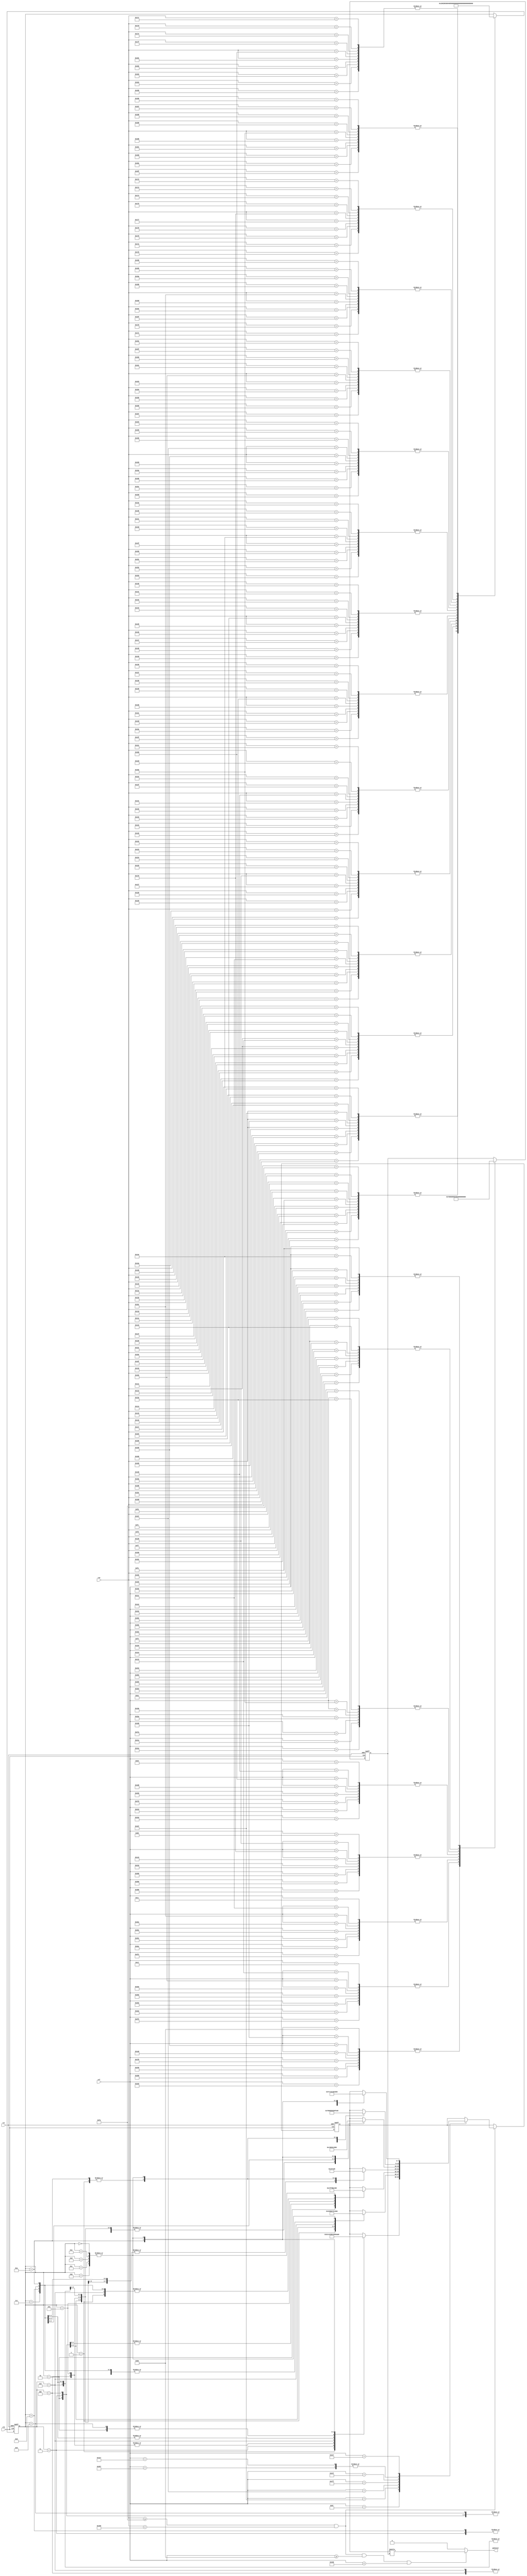
`timescale 1ns / 1ps
//////////////////////////////////////////////////////////////////////////////////
// Company: 
// Engineer: 
// 
// Design Name: 
// Module Name:    word 
// Project Name: 
// Target Devices: 
// Tool versions: 
// Description: 
//
// Dependencies: 
//
// Revision: 
// Revision 0.01 - File Created
// Additional Comments: 
//
//////////////////////////////////////////////////////////////////////////////////
module word(
    input clk,
  	input rst,
    input [10:0]col,
    input [10:0]row,
	output gameover
    );


reg [7:0]data;
reg [11:0]word_count;
reg [11:0]row_count;



always@(posedge clk or posedge rst)
  if(rst) word_count=0;
  else begin
    case(col)
      184,264,344,424,504,584,664,744: word_count=7;    
      194,274,354,434,514,594,674,754: word_count=6;  
      204,284,364,444,524,604,684,764: word_count=5;  
      214,294,374,454,534,614,694,774: word_count=4;  
      224,304,384,464,544,624,704,784: word_count=3;  
      234,314,394,474,554,634,714,794: word_count=2;  
      244,324,404,484,564,644,724,804: word_count=1;  
      254,334,414,494,574,654,734,814: word_count=0;  
      default:word_count=word_count;
     endcase   
  end


always@(posedge clk or posedge rst)
  if(rst) row_count=0;
  else begin
    case(row)
      250,251,252,253,254,255,256,257,258,259: row_count=0;    
      260,261,262,263,264,265,266,267,268,269: row_count=1;   
      270,271,272,273,274,275,276,277,278,279: row_count=2;   
      280,281,282,283,284,285,286,287,288,289: row_count=3;   
      290,291,292,293,294,295,296,297,298,299: row_count=4;   
      300,301,302,303,304,305,306,307,308,309: row_count=5;   
      310,311,312,313,314,315,316,317,318,319: row_count=6;   
      320,321,322,323,324,325,326,327,328,329: row_count=7;   
      330,331,332,333,334,335,336,337,338,339: row_count=8;   
      340,341,342,343,344,345,346,347,348,349: row_count=9;   
      350,351,352,353,354,355,356,357,358,359: row_count=10;   
      360,361,362,363,364,365,366,367,368,369: row_count=11;   
      370,371,372,373,374,375,376,377,378,379: row_count=12;   
      380,381,382,383,384,385,386,387,388,389: row_count=13;   
      390,391,392,393,394,395,396,397,398,399: row_count=14;    
      default:row_count=row_count;
     endcase   
  end

  
assign gameover=(row>=250 && row <400 && col>=184 && col<824) ? data[word_count]:0;


always@(posedge clk or posedge rst)
  if(rst) data=0;
  else if(row<400 && row>=250) 
      case (col)
         183:      
         case  (row_count) 
             0:   data = 8'b00000000; // 
             1:   data = 8'b00111100; //   ****
             2:   data = 8'b01100110; //  **  **
             3:   data = 8'b11000010; // **    *
             4:   data = 8'b11000000; // **
             5:   data = 8'b11000000; // **
             6:   data = 8'b11011110; // ** ****
             7:   data = 8'b11000110; // **   **
             8:   data = 8'b11000110; // **   **
             9:   data = 8'b01100110; //  **  **
             10:  data = 8'b00111010; //   *** *
             11:  data = 8'b00000000; // 
             12:  data = 8'b00000000; // 
             13:  data = 8'b00000000; // 
             14:  data = 8'b00000000; // 
             default: data=data;
         endcase
         263:
         case  (row_count) 
             0:   data = 8'b00000000; // 
             1:   data = 8'b00010000; //    *
             2:   data = 8'b00111000; //   ***
             3:   data = 8'b01101100; //  ** **
             4:   data = 8'b11000110; // **   **
             5:   data = 8'b11000110; // **   **
             6:   data = 8'b11111110; // *******
             7:   data = 8'b11000110; // **   **
             8:   data = 8'b11000110; // **   **
             9:   data = 8'b11000110; // **   **
             10:  data = 8'b11000110; // **   **
             11:  data = 8'b00000000; // 
             12:  data = 8'b00000000; // 
             13:  data = 8'b00000000; // 
             14:  data = 8'b00000000; // 
             default: data=data;
         endcase
         343 :      
         case  (row_count) 
             0:   data = 8'b00000000; // 
             1:   data = 8'b11000011; // **    **
             2:   data = 8'b11100111; // ***  ***
             3:   data = 8'b11111111; // ********
             4:   data = 8'b11111111; // ********
             5:   data = 8'b11011011; // ** ** **
             6:   data = 8'b11000011; // **    **
             7:   data = 8'b11000011; // **    **
             8:   data = 8'b11000011; // **    **
             9:   data = 8'b11000011; // **    **
             10:  data = 8'b11000011; // **    **
             11:  data = 8'b00000000; // 
             12:  data = 8'b00000000; // 
             13:  data = 8'b00000000; // 
             14:  data = 8'b00000000; // 
             default: data=data;
         endcase
         423:
         case  (row_count) 
             0:   data = 8'b00000000; // 
             1:   data = 8'b11111110; // *******
             2:   data = 8'b01100110; //  **  **
             3:   data = 8'b01100010; //  **   *
             4:   data = 8'b01101000; //  ** *
             5:   data = 8'b01111000; //  ****
             6:   data = 8'b01101000; //  ** *
             7:   data = 8'b01100000; //  **
             8:   data = 8'b01100010; //  **   *
             9:   data = 8'b01100110; //  **  **
             10:  data = 8'b11111110; // *******
             11:  data = 8'b00000000; // 
             12:  data = 8'b00000000; // 
             13:  data = 8'b00000000; // 
             14:  data = 8'b00000000; // 
             default: data=data;
         endcase         
         503:
         case  (row_count) 
             0:   data = 8'b00000000; // 
             1:   data = 8'b01111100; //  *****
             2:   data = 8'b11000110; // **   **
             3:   data = 8'b11000110; // **   **
             4:   data = 8'b11000110; // **   **
             5:   data = 8'b11000110; // **   **
             6:   data = 8'b11000110; // **   **
             7:   data = 8'b11000110; // **   **
             8:   data = 8'b11000110; // **   **
             9:   data = 8'b11000110; // **   **
             10:  data = 8'b01111100; //  *****
             11:  data = 8'b00000000; // 
             12:  data = 8'b00000000; // 
             13:  data = 8'b00000000; // 
             14:  data = 8'b00000000; // 
             default: data=data;
         endcase 
         583:
         case  (row_count) 
             0:   data = 8'b00000000; // 
             1:   data = 8'b11000011; // **    **
             2:   data = 8'b11000011; // **    **
             3:   data = 8'b11000011; // **    **
             4:   data = 8'b11000011; // **    **
             5:   data = 8'b11000011; // **    **
             6:   data = 8'b11000011; // **    **
             7:   data = 8'b11000011; // **    **
             8:   data = 8'b01100110; //  **  **
             9:   data = 8'b00111100; //   ****
             10:  data = 8'b00011000; //    **
             11:  data = 8'b00000000; // 
             12:  data = 8'b00000000; // 
             13:  data = 8'b00000000; // 
             14:  data = 8'b00000000; // 
             default: data=data;
         endcase 
         663:
         case  (row_count) 
             0:   data = 8'b00000000; // 
             1:   data = 8'b11111110; // *******
             2:   data = 8'b01100110; //  **  **
             3:   data = 8'b01100010; //  **   *
             4:   data = 8'b01101000; //  ** *
             5:   data = 8'b01111000; //  ****
             6:   data = 8'b01101000; //  ** *
             7:   data = 8'b01100000; //  **
             8:   data = 8'b01100010; //  **   *
             9:   data = 8'b01100110; //  **  **
             10:  data = 8'b11111110; // *******
             11:  data = 8'b00000000; // 
             12:  data = 8'b00000000; // 
             13:  data = 8'b00000000; // 
             14:  data = 8'b00000000; // 
             default: data=data;
         endcase               
         743:	
         case  (row_count) 
             0:   data = 8'b00000000; // 
             1:   data = 8'b11111100; // ******
             2:   data = 8'b01100110; //  **  **
             3:   data = 8'b01100110; //  **  **
             4:   data = 8'b01100110; //  **  **
             5:   data = 8'b01111100; //  *****
             6:   data = 8'b01101100; //  ** **
             7:   data = 8'b01101100; //  ** **
             8:   data = 8'b01101100; //  ** **
             9:   data = 8'b01100110; //  **  **
             10:  data = 8'b11100110; // ***  **
             11:  data = 8'b00000000; // 
             12:  data = 8'b00000000; // 
             13:  data = 8'b00000000; // 
             14:  data = 8'b00000000; // 
             default: data=data;
         endcase
         default: data=data;
   endcase
   else data=data;

endmodule